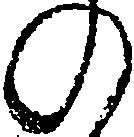
の